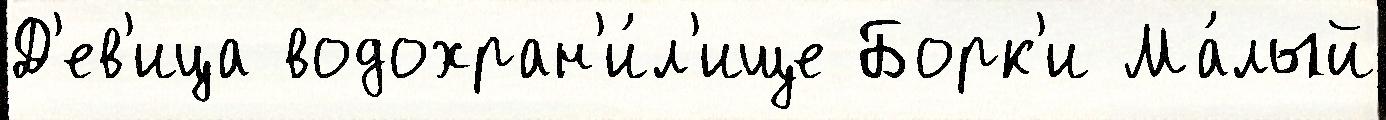
Д'ев'ица водохран'и́л'ище Борк'и Ма́лый